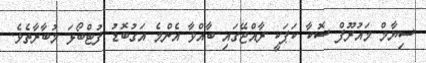
ސިޔާމް މައުރޫފް ސޮކާ ކަޕަކީ ރާއްޖޭގައި ބާއްވާ އެންމެ އަގުބޮޑު ފުޓްބޯޅަ މުބާރާތެވެ.